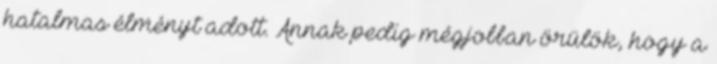
hatalmas élményt adott. Annak pedig mégjobban örülök, hogy a